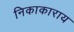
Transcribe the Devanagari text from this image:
निकाकाराय